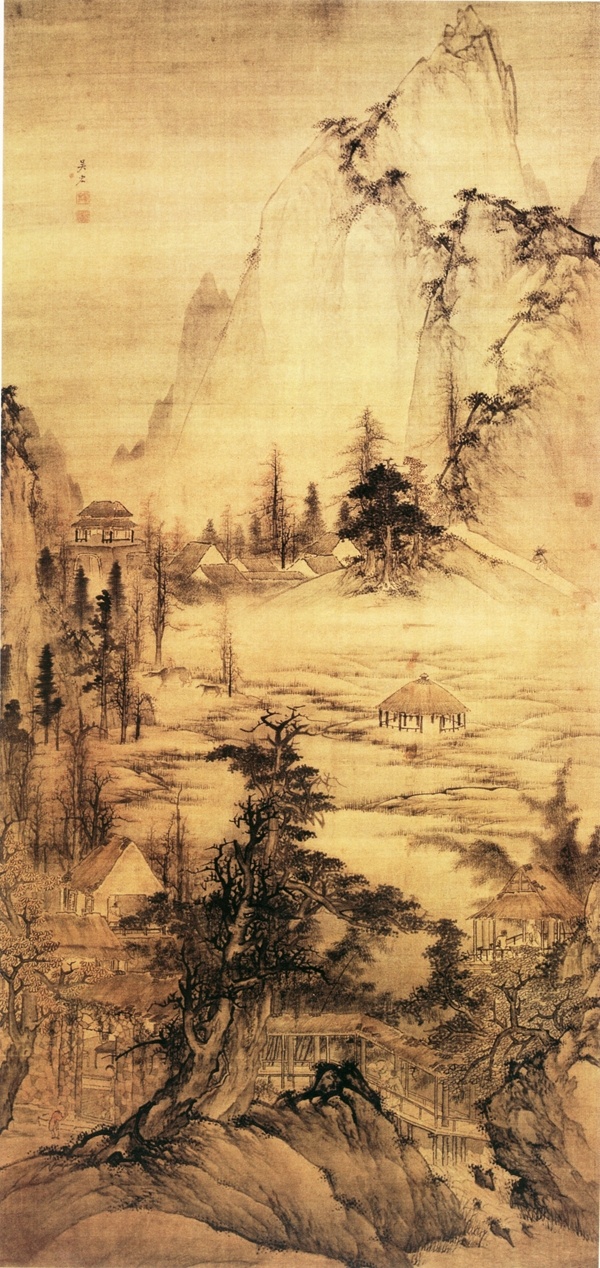
相携及田家，童稚开荆扉。